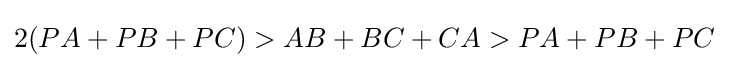
2(PA+PB+PC)>AB+BC+CA>PA+PB+PC